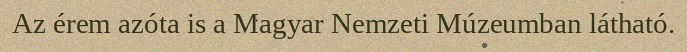
Az érem azóta is a Magyar Nemzeti Múzeumban látható.